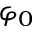
\varphi _ { 0 }